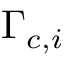
\Gamma _ { c , i }